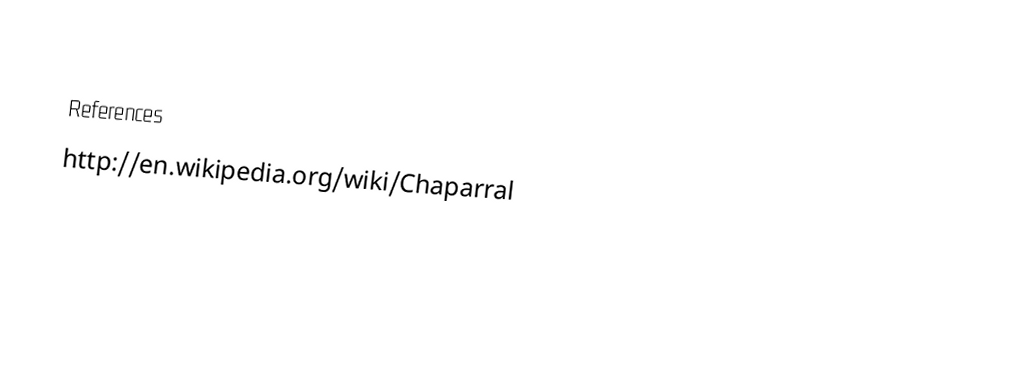

References
http://en.wikipedia.org/wiki/Chaparral